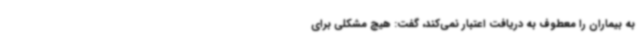
به بیماران را معطوف به دریافت اعتبار نمی‌کند، گفت: هیچ مشکلی برای